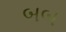
બબ